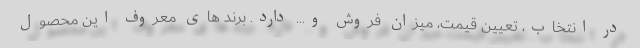
در انتخاب، تعیین قیمت، میزان فروش و... دارد. برند های معروف این محصول